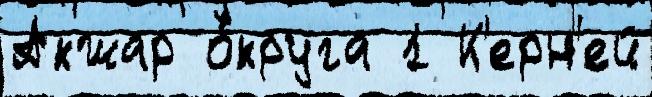
Акжар о́круга 1 К'ерн'ей